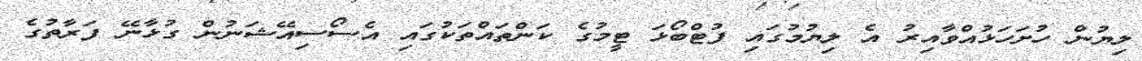
ލިޔުން ހުށަހަޅުއްވާއިރު އެ ލިޔުމުގައި ފުޓްބޯޅަ ޓީމުގެ ކަންތައްތަކުގައި އެސޯސިއޭޝަނުން ގުޅާނޭ ފަރާތުގެ